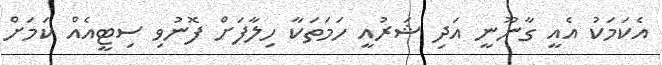
އެކަމަކު އެއީ ގާނޫނީ އަދި ޝަރުއީ ހަމަތަކާ ހިލާފަށް ފޮނުވި ސިޓީއެއް ކަމަށް